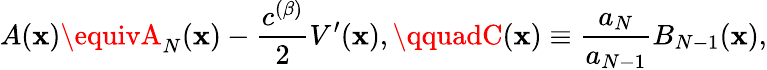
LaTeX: A(\mathbf{x})\equivA_{N}(\mathbf{x})-\frac{{c^{(\beta)}}}{{2}}V^{\prime}(\mathbf{x}),\qquadC(\mathbf{x})\equiv\frac{{a_{N}}}{{a_{N-1}}}B_{N-1}(\mathbf{x}),